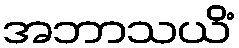
အဘာသယိံ